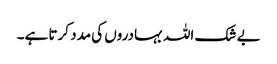
بے شک اللہ بہادروں کی مدد کرتا ہے۔